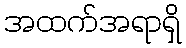
အထက်အရာရှိ